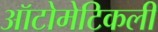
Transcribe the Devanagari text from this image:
ऑटोमेटिकली